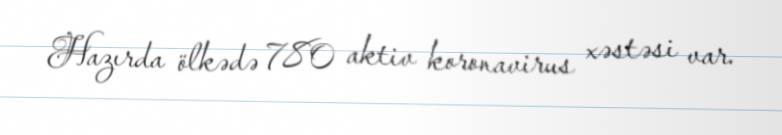
Hazırda ölkədə 780 aktiv koronavirus xəstəsi var.